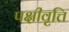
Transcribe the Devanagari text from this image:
पक्षीवृत्ति